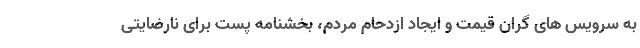
به سرویس های گران قیمت و ایجاد ازدحام مردم، بخشنامه پست برای نارضایتی